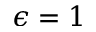
\epsilon = 1